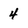
Character: 4